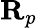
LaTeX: \mathbf{R}_{p}